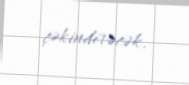
çəkindirəcək.